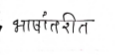
मजकूर: भाषांतरीत